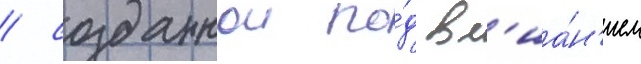
/ созданнои по́д вл'иа́н'ием